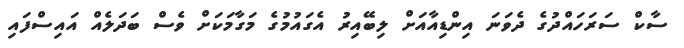
ސާކް ސަރަހައްދުގެ ދެވަނަ އިންޑިއާއަށް ލިބޭއިރު އެގައުމުގެ މަގާމަކަށް ވެސް ބަދަލެއް އައިސްފައި